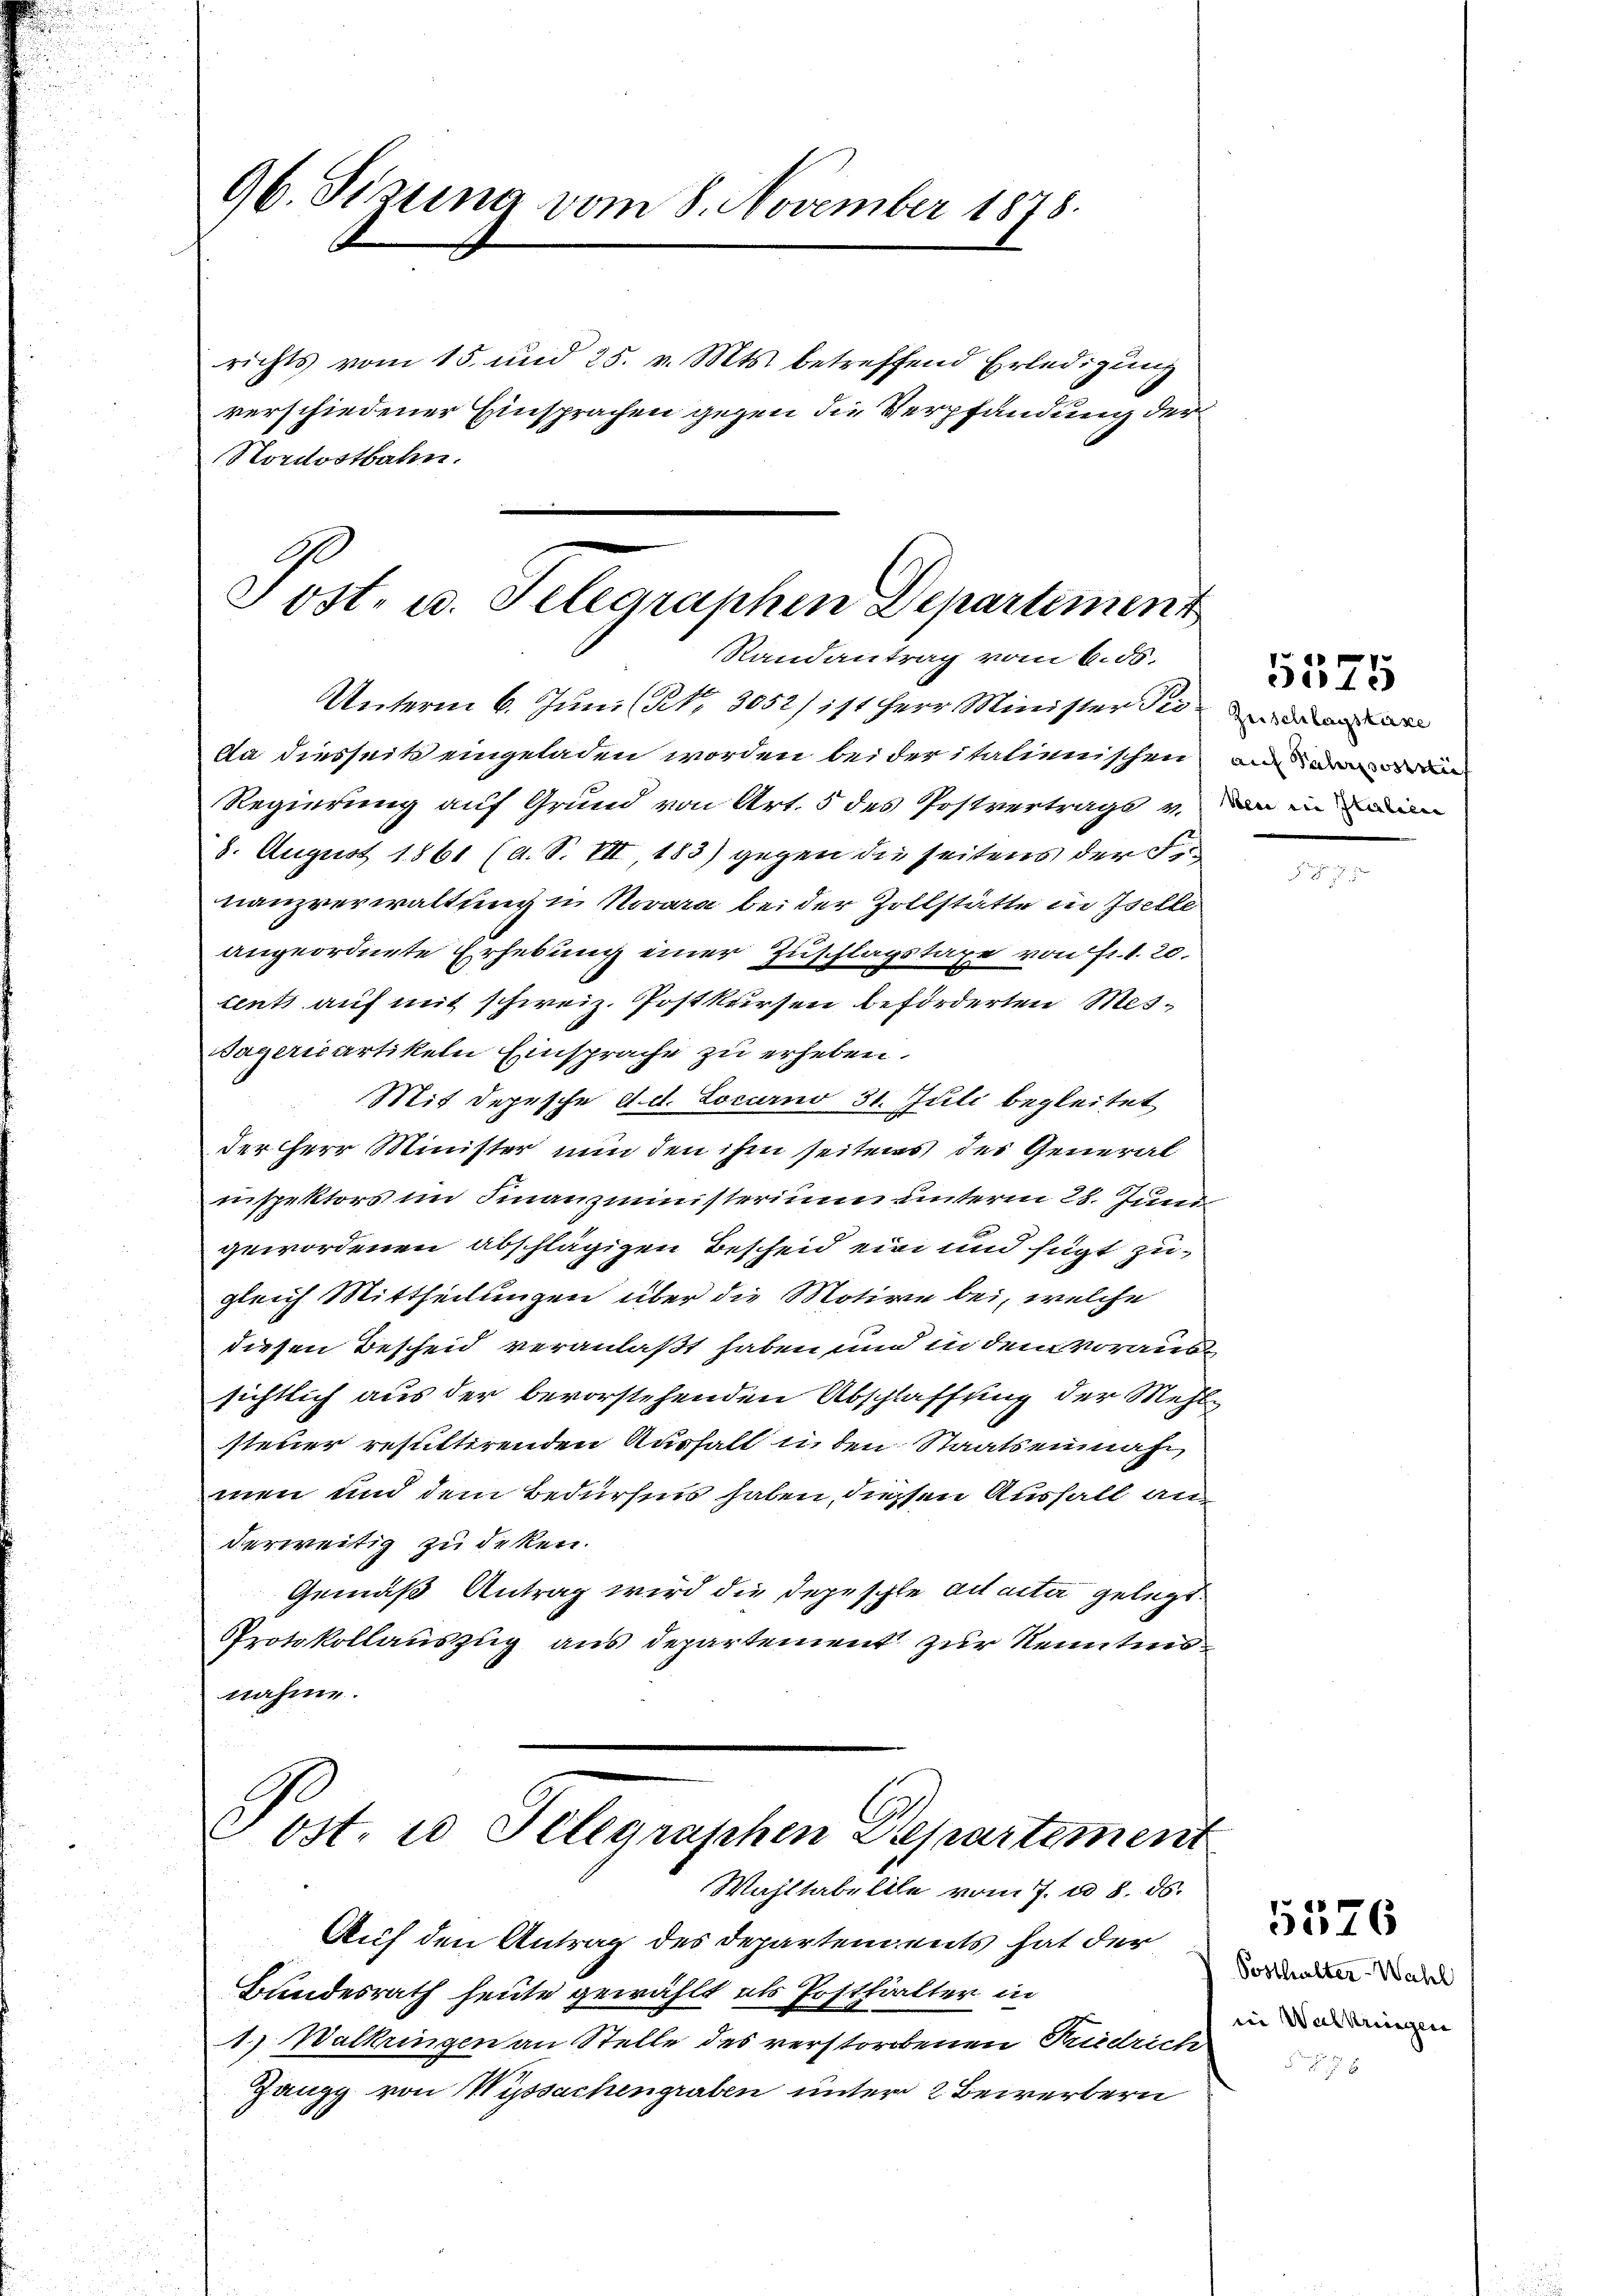
96. Sixtina vom 8. November 1878.

Nordostbahn.
e

Tost, u. Telegraphen Departement
Randantrag vom 6. 56.
Unterm 6. Juni (N. 3052/ 111 Herr Minister Per

richts vom 15. und 25. v. Mts. betreffend Erledigung
verschiedener Einsprachen gegen die Verpfandung der

Da diesseits eingeladen worden bei der italienischen
Regierung auf Grund von Art. 5 des Postvertrags v. da in ein
8. August 1861 (a. S. VII, 183) gegen die seitens der F
nanzverwaltung in Novara bei der Zollstätte in Iselle
angeordnete Erhebung einer Zuschlagstaxe von Fr. 1. 20.
tents auf mit schweiz. Postkursen beförderten Mes¬
Sagericartikeln Einsprache zu erheben.
Mit Depesche d. d. Locarno 31. Juli begleitet
der Herr Minister nun den ihm seitens des General
inspektors im Finanzministerium unterm 28. Juni
gewordenen abschlägigen Bescheid ein und fügt zugleich Mittheilungen über die Motive bei, welche
diesen Bescheid veranlaßt haben und in dem Voraus
sichtlich aus der bevorstehenden Abschlaffung der Mehl
steuer resultirenden Ausfall in den Staatseinnahmen und dem Bedürfnis haben, diessen Ausfall anderweitig zu deken.
Gemäß Antrag wird die Depeschle ad acta gelegt.
Protokollauszug aus departement zur Kenntnisnahme.

Tost es Telegraphen Departement
Wahltabellle vom 7. d. 8. ds.
Auf den Antrag des Departements hat der

Bundesrath heute gewählt als Posthalter in
1.) Walkringen an Stelle des verstorbenen Friedrich
Zangg von Wissachengraben unter 2 Bewerbern

Zeischlagstaxe
auf Palerisosti

5545

Posthalter-Wahl
in Walkriegen
5

5576